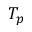
T _ { p }